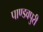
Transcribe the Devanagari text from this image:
पाण्डवपुरी